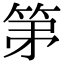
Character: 𮅏